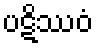
ပဋိဿဝံ